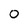
Character: O